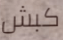
كبش